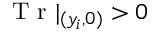
\mathrm { ~ T ~ r ~ } | _ { ( y _ { i } , 0 ) } > 0